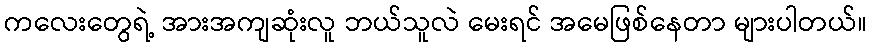
ကလေးတွေရဲ့ အားအကျဆုံးလူ ဘယ်သူလဲ မေးရင် အမေဖြစ်နေတာ များပါတယ်။